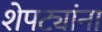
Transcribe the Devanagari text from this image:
शेपट्यांना